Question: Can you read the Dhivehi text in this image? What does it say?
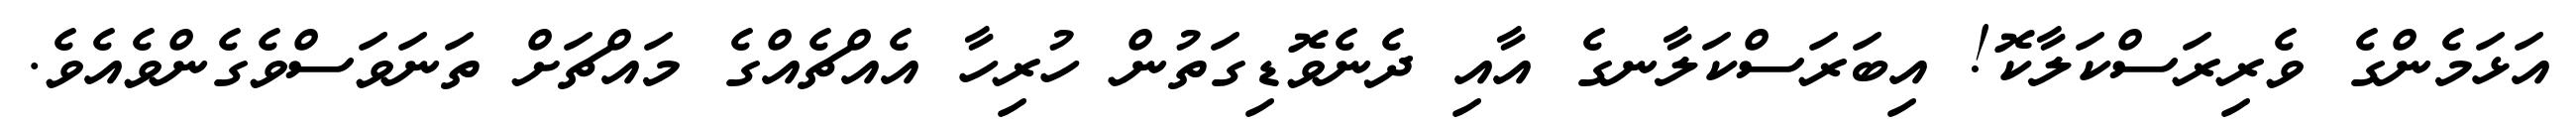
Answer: އަޅަމެންގެ ވެރިރަސްކަލާކޮ! އިބަރަސްކަލާނގެ އާއި ދެނެވޮޑިގަތުން ހުރިހާ އެއްޗެއްގެ މައްޗަށް ތަނަވަސްވެގެންވެއެވެ.